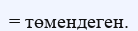
= төмендеген.